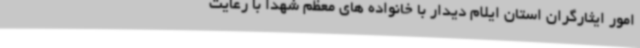
امور ایثارگران استان ایلام دیدار با خانواده های معظم شهدا با رعایت